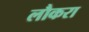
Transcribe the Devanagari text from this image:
लौकरा